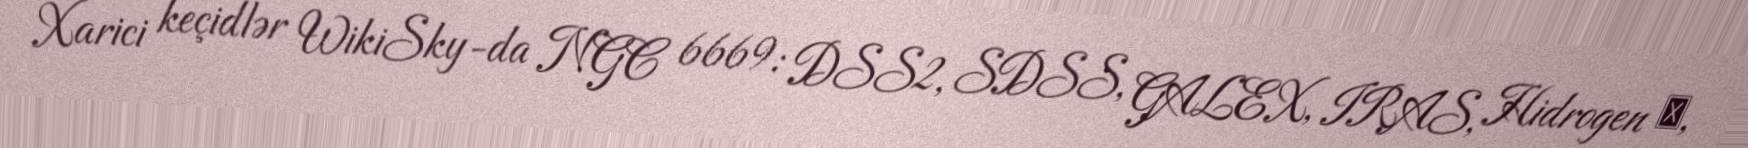
Xarici keçidlər WikiSky-da NGC 6669: DSS2, SDSS, GALEX, IRAS, Hidrogen α,